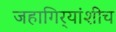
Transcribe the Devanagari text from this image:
जहागिर्‍यांशीच